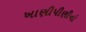
ખાણીપીણીનો